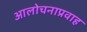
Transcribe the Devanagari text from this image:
आलोचनाप्रवाह